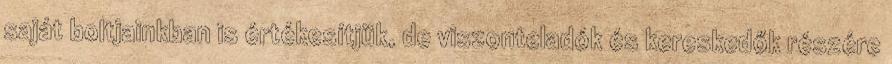
saját boltjainkban is értékesítjük, de viszonteladók és kereskedők részére